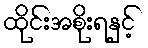
ထိုင်းအစိုးရနှင့်